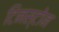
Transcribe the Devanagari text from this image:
टिनस्टोन